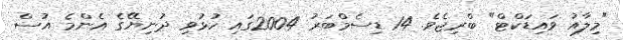
"މިލާއު ވައިޑަކްޓް" ބްރިޖެވެ. 14 ޑިސެމްބަރު 2004ގައި ހުޅުވި ދުނިޔޭގެ އެންމެ އުސް